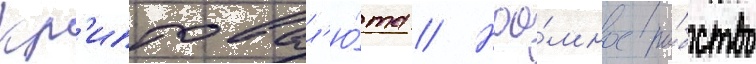
Кр'иптовал'ю́та // Нао́мное ра́бство